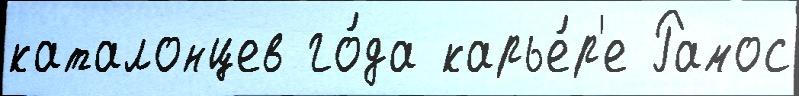
каталонцев го́да карье́р'е Рамос